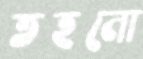
তহনো